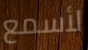
لأسمع